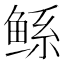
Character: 鲧